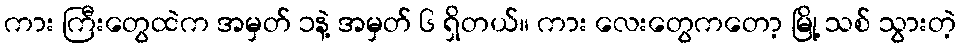
ကား ကြီးတွေထဲက အမှတ် ၁နဲ့ အမှတ် ၆ ရှိတယ်။ ကား လေးတွေကတော့ မြို့ သစ် သွားတဲ့